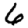
Digit: 6